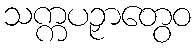
သက္ကပဉှာတွေဝ